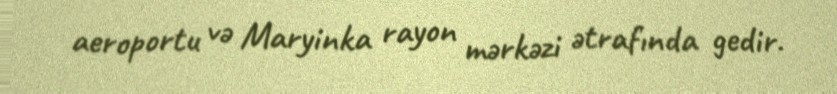
aeroportu və Maryinka rayon mərkəzi ətrafında gedir.